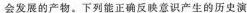
会发展的产物。下列能正确反映意识产生的历史演